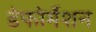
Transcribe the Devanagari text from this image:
डेफोर्मेशन